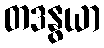
တဒနွယာ